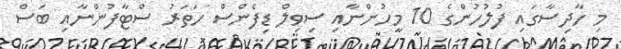
މި ހާދިސާގައި ފުލުހުންގެ 10 މީހުންނާއި ސިވިލް ޑިފެންސް ހަތަރު ސްޓާފުންނާއި ބަސް